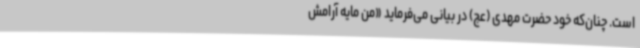
است. چنان‌که خود حضرت مهدی (عج) در بیانی می‌فرماید «من مایه آرامش